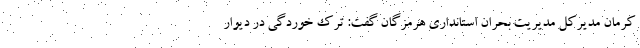
کرمان مدیرکل مدیریت بحران استانداری هرمزگان گفت: ترک خوردگی در دیوار